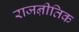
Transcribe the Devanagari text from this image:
राजऩीतिक